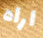
اراه